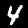
Label: 4